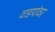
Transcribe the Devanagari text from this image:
वाडयांवर